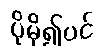
ပိုမို၍ပင်